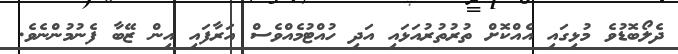
ދެލޯބޮޑުވެ މުޅިގައި އެއްކޮށް ތުރުތުރުއަޅައި އަދި ހުއްޓުމެއްވެސް އަރާފައި އިން ޒޭބާ ފެނުމުންނެވެ.